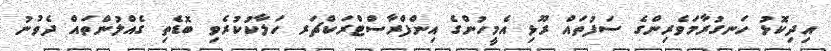
އިދިކޮޅު ހަނގުރާމަވެރިންގެ ސަފުތައް ރޫޅި އެމީހުންގެ އިންފްރާސްޓްރަކްޗަރ ހަލާކުކުރެވި ބޮޑެތި ގެއްލުންތައް ދެވުނު